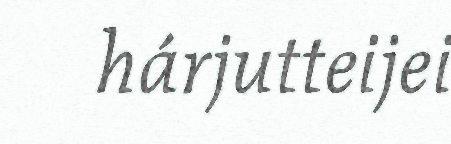
hárjutteijei